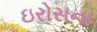
ઇરોસના